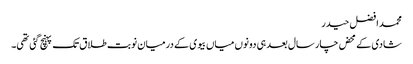
محمد افضل حیدر
شادی کے محض چار سال بعد ہی دونوں میاں بیوی کے درمیان نوبت طلاق تک پہنچ گئی تھی۔